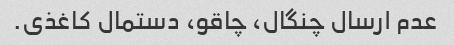
عدم ارسال چنگال، چاقو، دستمال کاغذی.